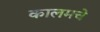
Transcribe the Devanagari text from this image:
कालमचे